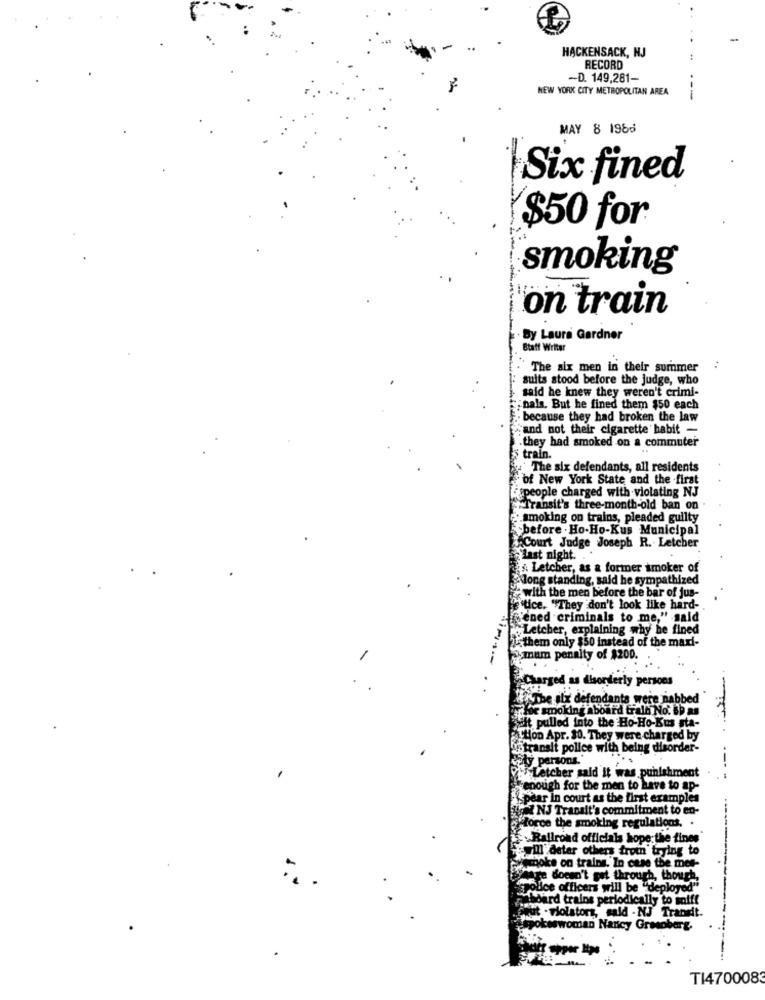
HACKENSACK, NJ
..
RECORD
-D. 149,281-
NEW YORK CITY METROPOLITAN AREA
---
MAY 8 1966
Six fined
$50 for
smoking
---
on train
By Laura Gardner
Staff Writer
`The six men in their summer
suits stood before the judge, who
said he knew they weren't crimi-
;nals. But he fined them $50 each
F .- because they had broken the law
"and not their cigarette habit -
.they had smoked on a commuter
train.
The six defendants, all residents
of New York State and the first
'speople charged with violating NJ
"Transit's three-month-old ban on .
smoking on trains, pleaded guilty
before . Ho-Ho-Kus Municipal
ACourt Judge Joseph R. Letcher
Last night ..
Letcher, as a former smoker of
long standing, said he sympathized
with the men before the bar of jus-
"tice. "They don't look like hard-
ened criminals to me," said
Letcher, explaining why he fined
them only $50 instead of the maxi-
mum penalty of $200.
.-. . isi
arged as disorderly persons
. .
Er The sl'x defendants were nabbed
the smoking aboard trala No. 8b as
just pulled into the Ho-Ho-Kus sta-
Ction Apr. 30. They were charged by
in transit police with being disorder-
aty parsons.
Letcher said it was punishment
enough for the men to have to ap-
pear in court as the first examples
icat NJ Transit's commitment to en-
force the smoking regulations.
Railroad officials hope the fines
will Getar others from trying to
smoke on trains. In case the met-
Phare doesn't get through, though.
police officers will be "deployed"
aboard trains periodically to soif!
huit . ylolators, sald - NJ Transit.
woman Nancy Gresoberg.
-
TI4700083